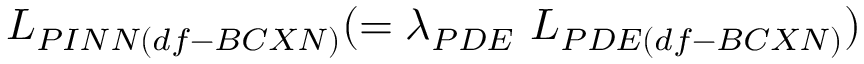
L _ { P I N N ( d f - B C X N ) } ( = \lambda _ { P D E } ~ L _ { P D E ( d f - B C X N ) } )